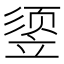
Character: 𰩧